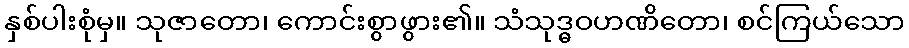
နှစ်ပါးစုံမှ။ သုဇာတော၊ ကောင်းစွာဖွား၏။ သံသုဒ္ဓဝဟဏိတော၊ စင်ကြယ်သော